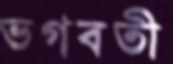
ভগবতী